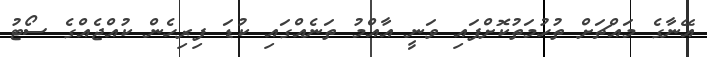
އޭނާގެ މައްޗަށް ތުހުމަތުކޮށްފައި ވަނީ އާއްމު ތަނެއްގައި ކުޑަ ފިރިހެން ކުއްޖެއްގެ ސޯޓު